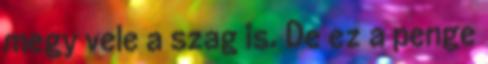
megy vele a szag is. De ez a penge